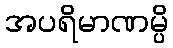
အပရိမာဏမ္ပိ